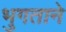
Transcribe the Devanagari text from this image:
भुगताने